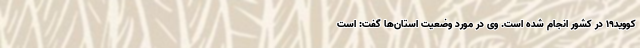
کووید۱۹ در کشور انجام شده است. وی در مورد وضعیت استان‌ها گفت: است